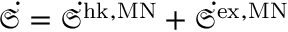
\dot { \mathfrak { S } } = \dot { \mathfrak { S } } ^ { \mathrm { h k , M N } } + \dot { \mathfrak { S } } ^ { \mathrm { e x , M N } }